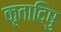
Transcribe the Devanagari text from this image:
कृतादिषु